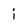
Character: i